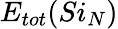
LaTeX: E_{tot}(Si_{N})